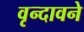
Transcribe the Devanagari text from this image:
वृन्दावने